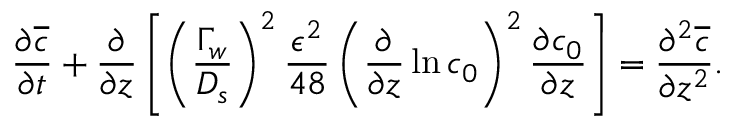
\frac { \partial \overline { { c } } } { \partial t } + \frac { \partial } { \partial z } \left[ \left( \frac { \Gamma _ { w } } { D _ { s } } \right) ^ { 2 } \frac { \epsilon ^ { 2 } } { 4 8 } \left( \frac { \partial } { \partial z } \ln c _ { 0 } \right) ^ { 2 } \frac { \partial c _ { 0 } } { \partial z } \right] = \frac { \partial ^ { 2 } \overline { { c } } } { \partial z ^ { 2 } } .